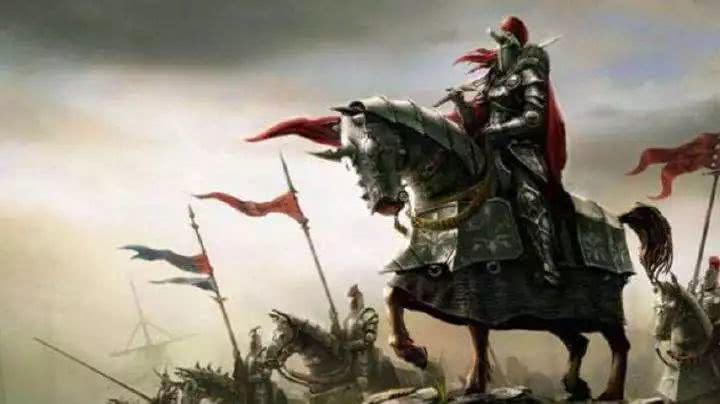
百战沙场碎铁衣，城南已合数重围。